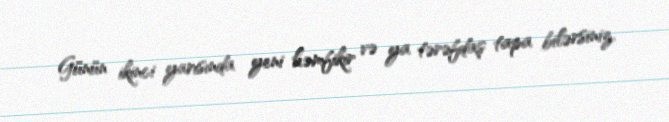
Günün ikinci yarısında yeni həmfikir və ya tərəfdaş tapa bilərsiniz.